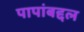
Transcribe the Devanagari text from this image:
पापांबद्दल